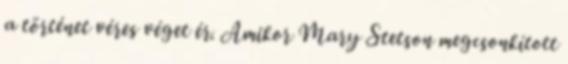
a történet véres véget ér. Amikor Mary Stetson megcsonkított